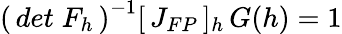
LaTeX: \left(\, det\; F_{h}\, \right)^{-1}[\, J_{FP}\, ]_{h}\, G(h)=1